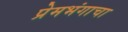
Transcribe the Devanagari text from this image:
प्रेमभंगाचा